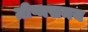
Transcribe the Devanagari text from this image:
ग्रीष्मसमय